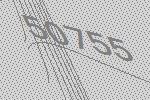
50755